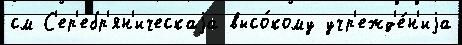
см С'ер'ебр'ян'ическаjа высо́кому учр'ежд'е́н'иjа